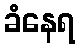
ခံနေရ